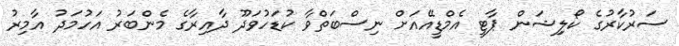
ސަރުކާރުގެ ކޯލިިޝަން ޕާޓީ އެމްޑީއޭއަށް ނިސްބަތްވާ ކުޑަހުވަދޫ ދާއިރާގެ މެންބަރު އަހުމަދު އާމިރު